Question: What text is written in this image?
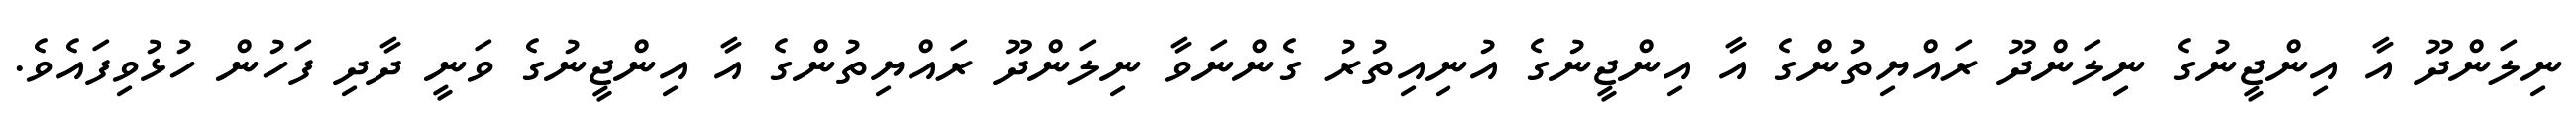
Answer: ނިލަންދޫ އާ އިންޖީނުގެ ނިލަންދޫ ރައްޔިތުންގެ އާ އިންޖީނުގެ އުނިއިތުރު ގެންނަވާ ނިލަންދޫ ރައްޔިތުންގެ އާ އިންޖީނުގެ ވަނީ ދާދި ފަހުން ހުޅުވިފައެވެ.